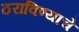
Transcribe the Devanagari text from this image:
ठराविण्याचे